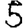
Digit: 5